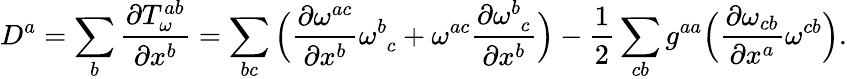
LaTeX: D^{a}=\sum_{b}\frac{\partial T_{\omega}^{ab}}{\partial{x^{b}}}=\sum_{bc}\Big(\frac{\partial\omega^{ac}}{\partial x^{b}}\omega_{\, \, c}^{b}+\omega^{ac}\frac{\partial\omega_{\, \, c}^{b}}{\partial x^{b}}\Big)-\frac{1}{2}\sum_{cb}g^{aa}\Big(\frac{\partial\omega_{cb}}{\partial x^{a}}\omega^{cb}\Big).